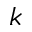
k